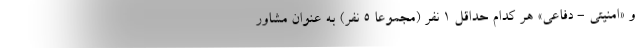
و «امنیتی - دفاعی» هر کدام حداقل ۱ نفر (مجموعا ۵ نفر) به عنوان مشاور